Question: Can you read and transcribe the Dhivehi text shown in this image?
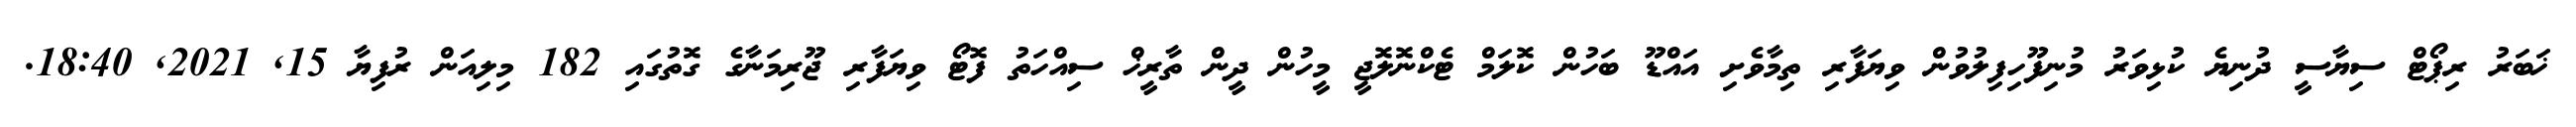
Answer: ޚަބަރު ރިޕޯޓް ސިޔާސީ ދުނިޔެ ކުޅިވަރު މުނިފޫހިފިލުވުން ވިޔަފާރި ތިމާވެށި އައްޑޫ ބަހުން ކޮލަމް ޓެކްނޮލޮޖީ މީހުން ދީން ތާރީޚް ސިއްހަތު ފޮޓޯ ވިޔަފާރި ޖޫރިމަނާގެ ގޮތުގައި 182 މިލިއަން ރުފިޔާ 15, 2021, 18:40.